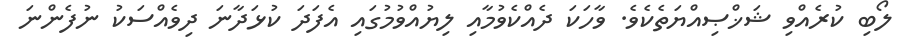
ލޯބި ކުރެއްވި ޝަޚްޞިއްޔަތެކެވެ. ވާހަކަ ދެއްކެވުމާއި ލިޔުއްވުމުގައި އެފަދަ ކުޅަދާނަ ދިވެއްސަކު ނުފެންނަ